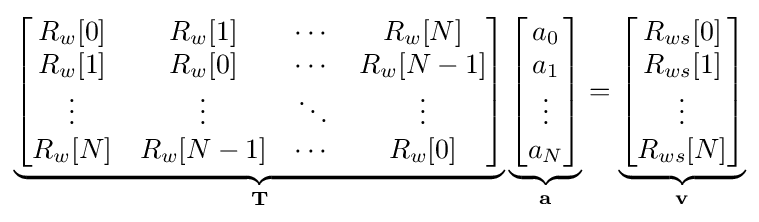
\underbrace {\begin{bmatrix}R_{w}[0]&R_{w}[1]&\cdots &R_{w}[N]\\R_{w}[1]&R_{w}[0]&\cdots &R_{w}[N-1]\\\vdots &\vdots &\ddots &\vdots \\R_{w}[N]&R_{w}[N-1]&\cdots &R_{w}[0]\end{bmatrix}} _{\mathbf {T} }\underbrace {\begin{bmatrix}a_{0}\\a_{1}\\\vdots \\a_{N}\end{bmatrix}} _{\mathbf {a} }=\underbrace {\begin{bmatrix}R_{ws}[0]\\R_{ws}[1]\\\vdots \\R_{ws}[N]\end{bmatrix}} _{\mathbf {v} }